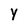
Character: Y